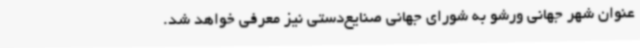
عنوان شهر جهانی ورشو به شورای جهانی صنایع‌دستی نیز معرفی خواهد شد.